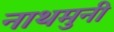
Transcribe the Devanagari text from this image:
नाथमुनी